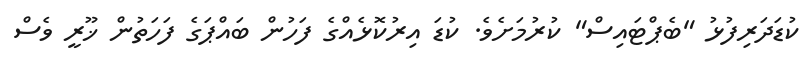
ކުޑަދަރިފުޅު "ބެޕްޓައިސް" ކުރުމަށެވެ. ކުޑަ އިރުކޮޅެއްގެ ފަހުން ބައްޕަގެ ފަހަތުން ޚޫރީ ވެސް